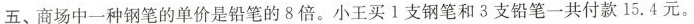
五、商场中一种钢笔的单价是铅笔的8倍。小王买1支钢笔和3支铅笔一共付款15.4元。